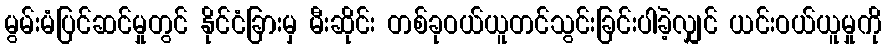
မွမ်းမံပြင်ဆင်မှုတွင် နိုင်ငံခြားမှ မီးဆိုင်း တစ်ခုဝယ်ယူတင်သွင်းခြင်းပါခဲ့လျှင် ယင်းဝယ်ယူမှုကို